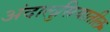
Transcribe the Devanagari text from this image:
अंदालुसियातील